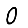
Digit: 0